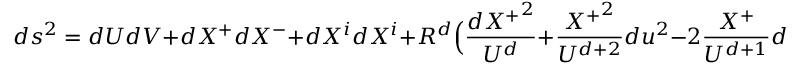
d s ^ { 2 } = d U d V + d X ^ { + } d X ^ { - } + d X ^ { i } d X ^ { i } + R ^ { d } \Big ( \frac { { d X ^ { + } } ^ { 2 } } { U ^ { d } } + \frac { { X ^ { + } } ^ { 2 } } { U ^ { d + 2 } } d u ^ { 2 } - 2 \frac { X ^ { + } } { U ^ { d + 1 } } d U d X ^ { + } \Big )